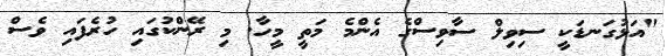
"އަޅުގަނޑަކީ ސިވިލް ސާވިސްގެ އެންމެ މަތީ މީހާ. މި ރޭންކުގައި ހުރެފައި ވެސް